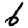
Digit: 6